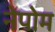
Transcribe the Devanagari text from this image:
नेपोम